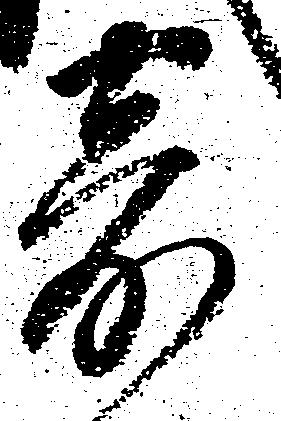
寄